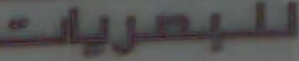
للبصريات